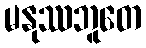
မနုဿဘူတေ